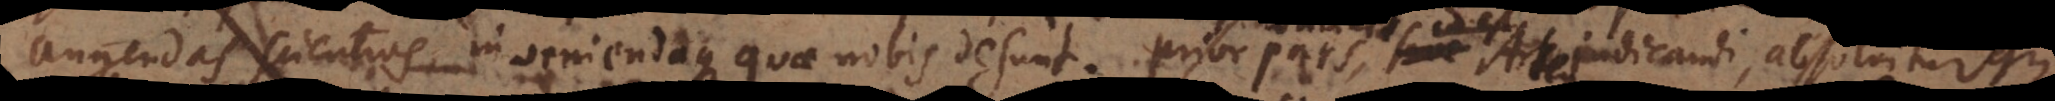
augendas scientias, inveniendaque quae nobis desunt. Prior pars sive id est